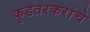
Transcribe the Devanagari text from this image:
कुडतरकरांचे